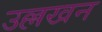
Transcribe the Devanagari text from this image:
उल्लखन